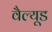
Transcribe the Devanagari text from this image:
वैल्यूड